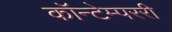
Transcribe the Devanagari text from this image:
कॉन्टेम्पररी